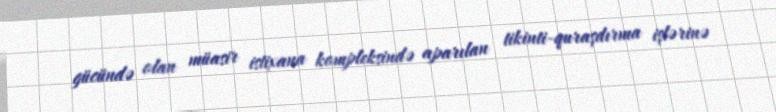
gücündə olan müasir istixana kompleksində aparılan tikinti-quraşdırma işlərinə